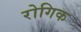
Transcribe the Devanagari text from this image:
रोगिक